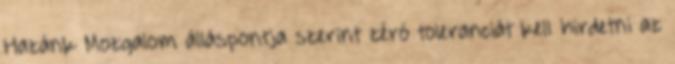
Hazánk Mozgalom álláspontja szerint zéró toleranciát kell hirdetni az